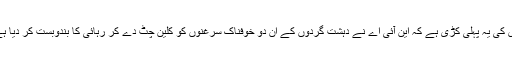
اس کی یہ پہلی کڑی ہے کہ این آئی اے نے دہشت گردوں کے ان دو خوفناک سرغنوں کو کلین چٹ دے کر رہائی کا بندوبست کر دیا ہے۔